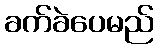
ခက်ခဲပေမည်